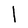
Character: l